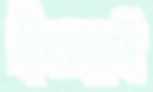
শ্রীলঙ্কারই